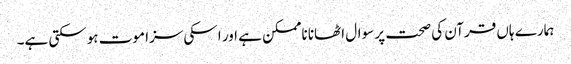
ہمارے ہاں قرآن کی صحت پر سوال اٹھانا ناممکن ہے اور اسکی سزا موت ہوسکتی ہے۔